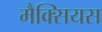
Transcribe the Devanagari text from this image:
मैक्सियस